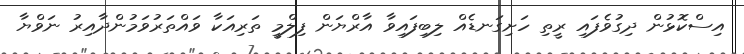
އިސްކޮޅުން ދިގުވެފައި ރީތި ހަށިގަނޑެއް ލިބިފައިވާ އާރްޔަން ފިލްމީ ތަރިއަކާ ވައްތަރުވަމުންދާއިރު ނަވްޔާ